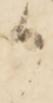
か